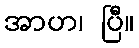
အာဟ၊ ပြီ။